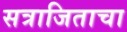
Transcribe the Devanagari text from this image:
सत्राजिताचा